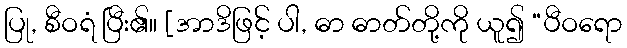
ပြု, စီဝရံ ပြီး၏။ [အာဒိဖြင့် ပါ, ဓာ ဓာတ်တို့ကို ယူ၍ “ပီဝရော